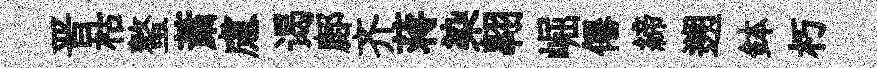
晋枯螯䔥慮谒鄜齐蒋染翺崛僊締遡鉢朽